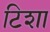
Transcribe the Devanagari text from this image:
टिशा